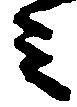
ミ